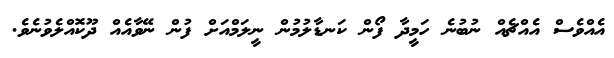
އެއްވެސް އެއްޗެއް ނުބުނެ ހަމީދާ ފޯން ކަނޑާލުމުން ނީލަމްއަށް ފުން ނޭވާއެއް ދޫކޮއްލެވުނެވެ.